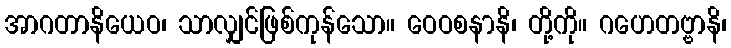
အာဂတာနိယေဝ၊ သာလျှင်ဖြစ်ကုန်သော။ ဝေဝစနာနိ၊ တို့ကို။ ဂဟေတဗ္ဗာနိ၊